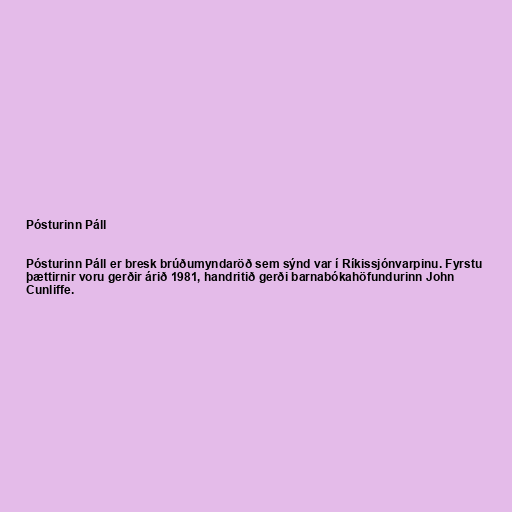
Pósturinn Páll

Pósturinn Páll er bresk brúðumyndaröð sem sýnd var í Ríkissjónvarpinu. Fyrstu
þættirnir voru gerðir árið 1981, handritið gerði barnabókahöfundurinn John
Cunliffe.